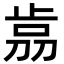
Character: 𣥴